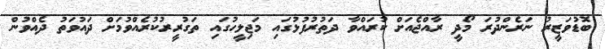
ބޮޑުވަޒީރު ނަރެންދުރަ މޯދީ ރާއްޖެއަަށް ކުރައްވާ ދަތުރުފުޅުގައި މަޖިލީހުގައި ތަގުރީރުކުރެއްވުމަށް ދައުވަތު ދެއްވުން